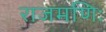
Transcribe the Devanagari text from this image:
राजमणिः